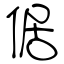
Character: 倨